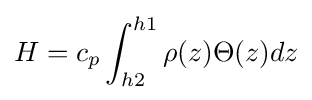
H=c_{p}\int _{h2}^{h1}\rho (z)\Theta (z)dz